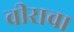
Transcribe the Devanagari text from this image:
वीराचा